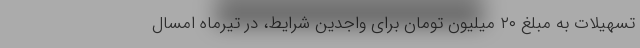
تسهیلات به مبلغ ۲۰ میلیون تومان برای واجدین شرایط، در تیرماه امسال